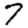
Digit: 7